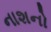
નાશનો